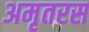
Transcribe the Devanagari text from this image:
अमृतरस